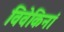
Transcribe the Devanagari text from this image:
विवेकिनां